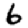
Digit: 6